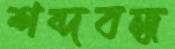
শব্দবন্ধ